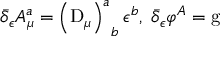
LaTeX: \bar { \delta } _ { \epsilon } A _ { \mu } ^ { a } = \left( \mathrm { D } _ { \mu } \right) _ { \; \; b } ^ { a } \epsilon ^ { b } , \; \bar { \delta } _ { \epsilon } \varphi ^ { A } = \mathrm { g }